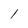
Character: 1